Indian journal of veterinary science and animal husbandry - Volumes 22-23, 1952-1953
Year: 1952
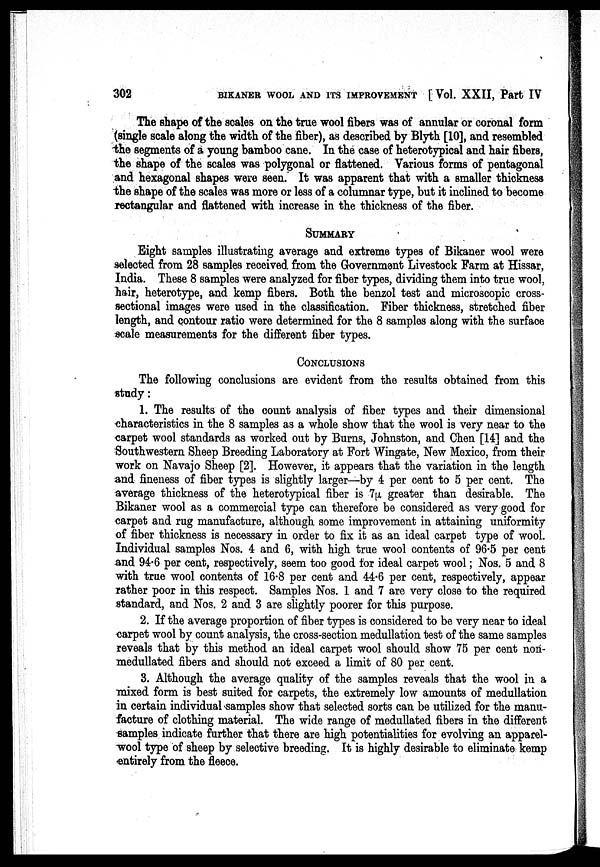
302
BIKANER WOOL AND ITS IMPROVEMENT [Vol. XXII, Part IV
The shape of the scales on the true wool fibers was of annular or coronal form
(single scale along the width of the fiber), as described by Blyth [10], and resembled
the segments of a young bamboo cane. In the case of heterotypical and hair fibers,
the shape of the scales was polygonal or flattened. Various forms of pentagonal
and hexagonal shapes were seen. It was apparent that with a smaller thickness
the shape of the scales was more or less of a columnar type, but it inclined to become
rectangular and flattened with increase in the thickness of the fiber.
SUMMARY
Eight samples illustrating average and extreme types of Bikaner wool were
selected from 28 samples received from the Government Livestock Farm at Hissar,
India. These 8 samples were analyzed for fiber types, dividing them into true wool,
hair, heterotype, and kemp fibers. Both the benzol test and microscopic cross-
sectional images were used in the classification. Fiber thickness, stretched fiber
length, and contour ratio were determined for the 8 samples along with the surface
scale measurements for the different fiber types.
CONCLUSIONS
The following conclusions are evident from the results obtained from this
study:
1. The results of the count analysis of fiber types and their dimensional
characteristics in the 8 samples as a whole show that the wool is very near to the
carpet wool standards as worked out by Burns, Johnston, and Chen [14] and the
Southwestern Sheep Breeding Laboratory at Fort Wingate, New Mexico, from their
work on Navajo Sheep [2]. However, it appears that the variation in the length
and fineness of fiber types is slightly larger—by 4 per cent to 5 per cent. The
average thickness of the heterotypical fiber is 7µ greater than desirable. The
Bikaner wool as a commercial type can therefore be considered as very good for
carpet and rug manufacture, although some improvement in attaining uniformity
of fiber thickness is necessary in order to fix it as an ideal carpet type of wool.
Individual samples Nos. 4 and 6, with high true wool contents of 96.5 per cent
and 94.6 per cent, respectively, seem too good for ideal carpet wool; Nos. 5 and 8
with true wool contents of 16.8 per cent and 44.6 per cent, respectively, appear
rather poor in this respect. Samples Nos. 1 and 7 are very close to the required
standard, and Nos. 2 and 3 are slightly poorer for this purpose.
2. If the average proportion of fiber types is considered to be very near to ideal
carpet wool by count analysis, the cross-section medullation test of the same samples
reveals that by this method an ideal carpet wool should show 75 per cent non-
medullated fibers and should not exceed a limit of 80 per cent.
3. Although the average quality of the samples reveals that the wool in a
mixed form is best suited for carpets, the extremely low amounts of medullation
in certain individual samples show that selected sorts can be utilized for the manu-
facture of clothing material. The wide range of medullated fibers in the different
samples indicate further that there are high potentialities for evolving an apparel-
wool type of sheep by selective breeding. It is highly desirable to eliminate kemp
entirely from the fleece.